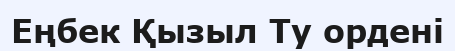
Еңбек Қызыл Ту ордені